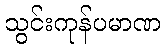
သွင်းကုန်ပမာဏ